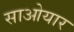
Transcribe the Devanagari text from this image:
साओयार